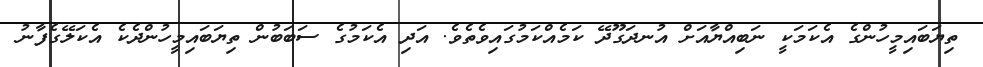
ތިޔަބައިމީހުންގެ އެކަމަކީ ނަބިއްޔާއަށް އުނދަގޫދޭ ކަމެއްކަމުގައިވެތެވެ. އަދި އެކަމުގެ ސަބަބުން ތިޔަބައިމީހުންދެކެ އެކަލޭގެފާނު